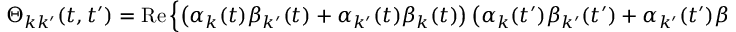
\Theta _ { k k ^ { \prime } } ( t , t ^ { \prime } ) = \mathrm { R e } \left\{ \left( \alpha _ { k } ( t ) \beta _ { k ^ { \prime } } ( t ) + \alpha _ { k ^ { \prime } } ( t ) \beta _ { k } ( t ) \right) \left( \alpha _ { k } ( t ^ { \prime } ) \beta _ { k ^ { \prime } } ( t ^ { \prime } ) + \alpha _ { k ^ { \prime } } ( t ^ { \prime } ) \beta _ { k } ( t ^ { \prime } ) \right) ^ { * } \right\} .